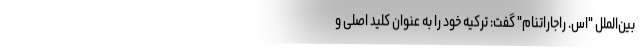
بین‌الملل "اس. راجاراتنام" گفت: ترکیه خود را به عنوان کلید اصلی و